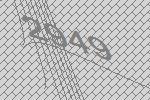
2949